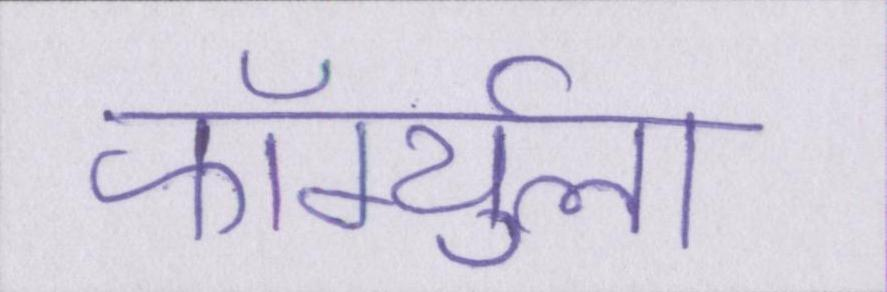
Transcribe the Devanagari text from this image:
फॉर्म्युला